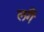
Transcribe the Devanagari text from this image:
लगैं